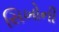
સિખોની